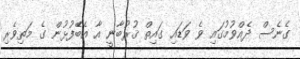
ގެނެސް ދެއްވުމުގައި ވެ ވަޑައި ގައިތް ޤުރުބާނީ އާ އެބެޭފުޅުން ގެ މަތިވެރި